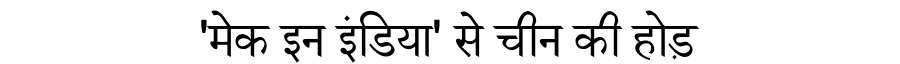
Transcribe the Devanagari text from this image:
'मेक इन इंडिया' से चीन की होड़